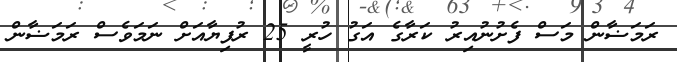
ރަމަޟާން މަސް ފެށުނުއިރު ކަރާގެ އަގު ހުރީ 25 ރުފިޔާއަށް ނަމަވެސް ރަމަޟާން